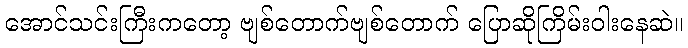
အောင်သင်းကြီးကတော့ ဗျစ်တောက်ဗျစ်တောက် ပြောဆိုကြိမ်းဝါးနေဆဲ။